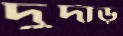
দুর্দাড়